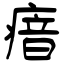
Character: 瘖